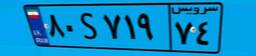
۳۵S۴۵۵۲۱